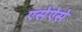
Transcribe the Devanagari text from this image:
एसेऐसे